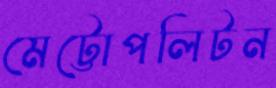
মেট্টোপলিটন